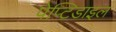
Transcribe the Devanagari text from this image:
पेप्टिडाइल